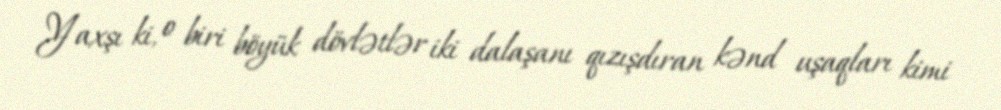
Yaxşı ki, o biri böyük dövlətlər iki dalaşanı qızışdıran kənd uşaqları kimi